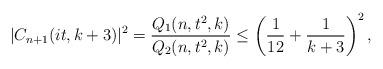
LaTeX: \begin{align*}|C_{n+1}(it,k+3)|^2=\frac{Q_1(n,t^2,k)}{Q_2(n,t^2,k)}\leq\left(\frac{1}{12}+\frac{1}{k+3}\right)^2,\end{align*}